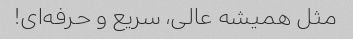
مثل همیشه عالی، سریع و حرفه‌ای!